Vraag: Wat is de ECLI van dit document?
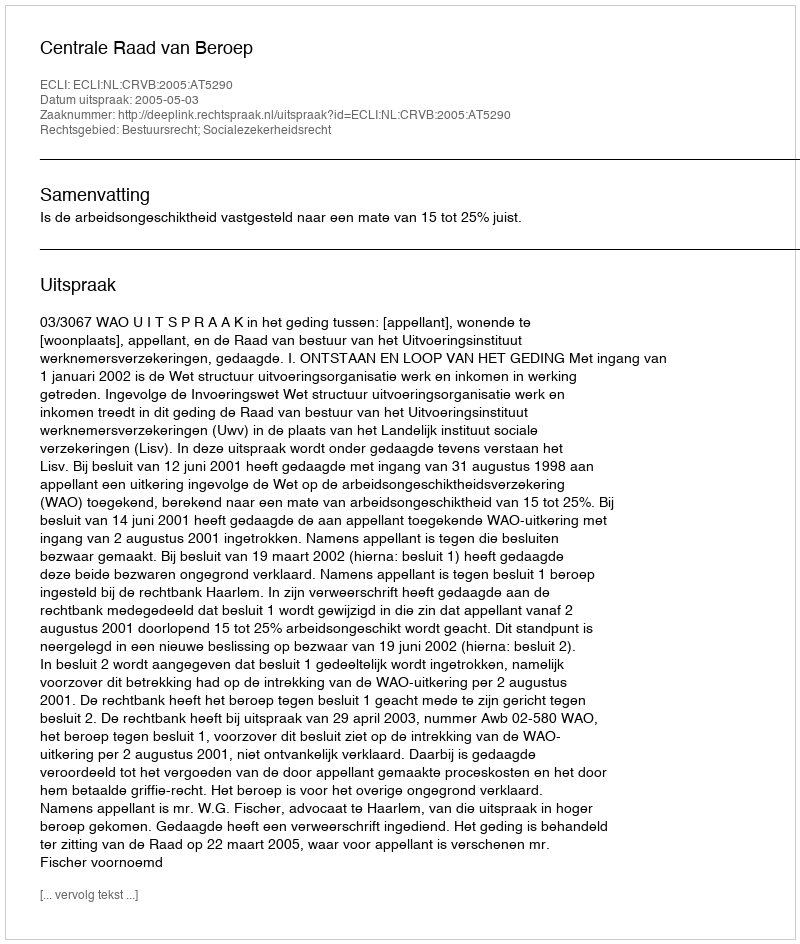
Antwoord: ECLI:NL:CRVB:2005:AT5290